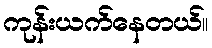
ကုန်းယက်နေတယ်။